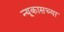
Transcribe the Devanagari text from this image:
न्यूकासच्या